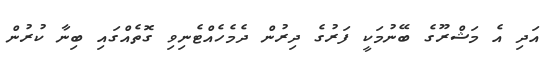
އަދި އެ މަޝްރޫގެ ބޭނުމަކީ ފަރުގެ ދިރުން ދެމެހެއްޓެނިވި ގޮތެއްގައި ބިނާ ކުރުން